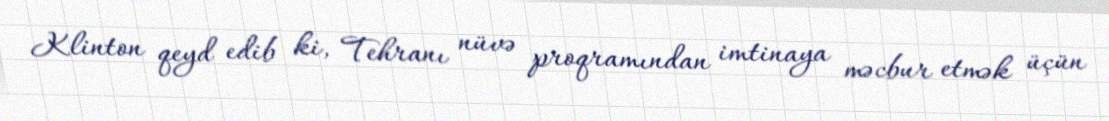
Klinton qeyd edib ki, Tehranı nüvə proqramından imtinaya məcbur etmək üçün